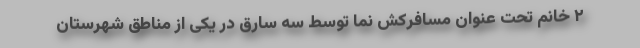
۲ خانم تحت عنوان مسافرکش نما توسط سه سارق در یکی از مناطق شهرستان